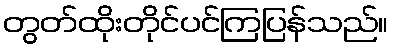
တွတ်ထိုးတိုင်ပင်ကြပြန်သည်။